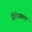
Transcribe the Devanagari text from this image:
सिनेजगतात